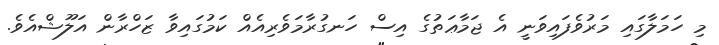
މި ހަމަލާގައި މަރުވެފައިވަނީ އެ ޖަމާޢަތުގެ އިސް ހަނގުރާމަވެރިއެއް ކަމުގައިވާ ޒަހްރާން އަލޫޝްއެވެ.